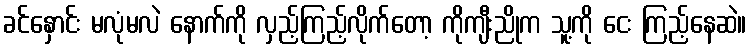
ခင်နှောင်း မလုံမလဲ နောက်ကို လှည့်ကြည့်လိုက်တော့ ကိုကျီးညိုက သူ့ကို ငေး ကြည့်နေဆဲ။